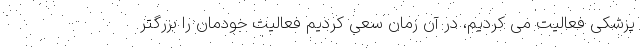
پزشکی فعالیت می کردیم، در آن زمان سعی کردیم فعالیت خودمان را بزرگتر